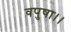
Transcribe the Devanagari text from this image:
वपुषा।।